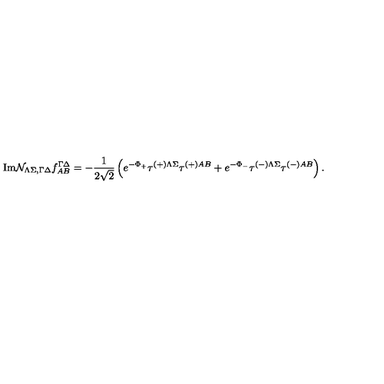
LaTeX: \mathrm { I m } { \cal N } _ { \Lambda \Sigma , \Gamma \Delta } f _ { A B } ^ { \Gamma \Delta } = - { \frac { 1 } { 2 \sqrt { 2 } } } \left( e ^ { - \Phi _ { + } } \tau ^ { \left( + \right) \Lambda \Sigma } \tau ^ { \left( + \right) A B } + e ^ { - \Phi _ { - } } \tau ^ { \left( - \right) \Lambda \Sigma } \tau ^ { \left( - \right) A B } \right) .